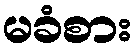
မခံစား